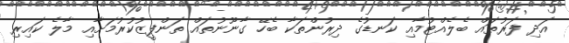
އަދި ފަރުތައް ބެލެއްޓުމާއި ކަނޑުގެ ދިރުންތަކާ ބެހޭ ގާނޫނުތައް ތަންފީޒުކުރުމަށާއި މާލެ ކައިރި